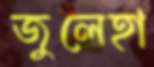
জুলেহা